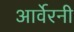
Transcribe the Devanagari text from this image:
आर्वेरनी